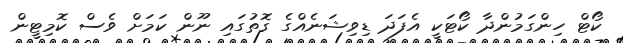
ކޯޓް ހިންގަމުންދާ ކޯޓަކީ އެފަދަ ޑިވިޝަނެއްގެ ގޮތުގައި ނޫން ކަމަށް ވެސް ކޮމިޓީން